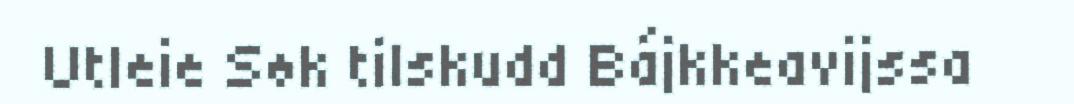
Utleie Søk tilskudd Bájkkeavijssa